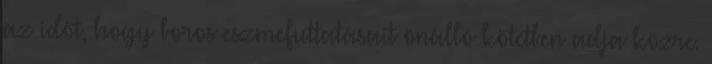
az időt, hogy boros eszmefuttatásait önálló kötetben adja közre.